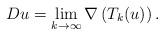
LaTeX: \begin{align*}Du = \lim_{k \rightarrow \infty} \nabla \left( T_k(u) \right).\end{align*}